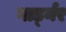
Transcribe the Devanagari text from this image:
गार्ड्नर